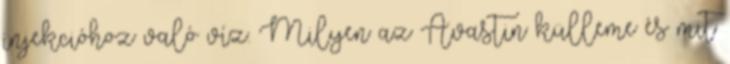
injekcióhoz való víz. Milyen az Avastin külleme és mit